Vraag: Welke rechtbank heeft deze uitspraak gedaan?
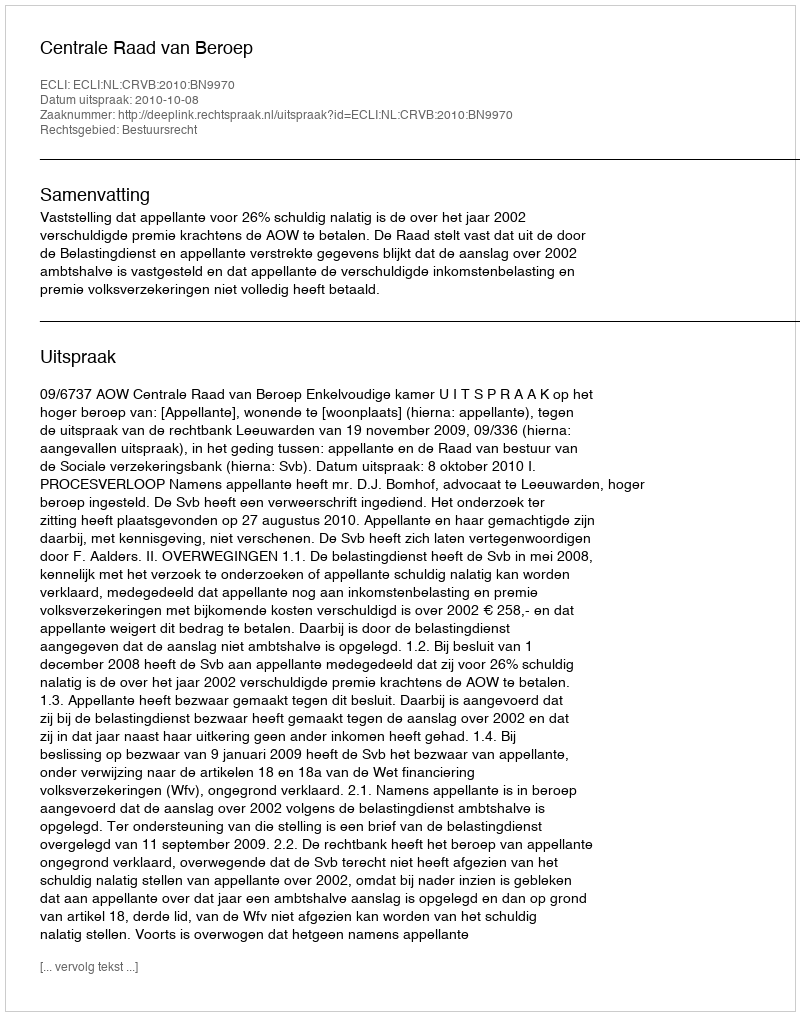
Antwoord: Centrale Raad van Beroep